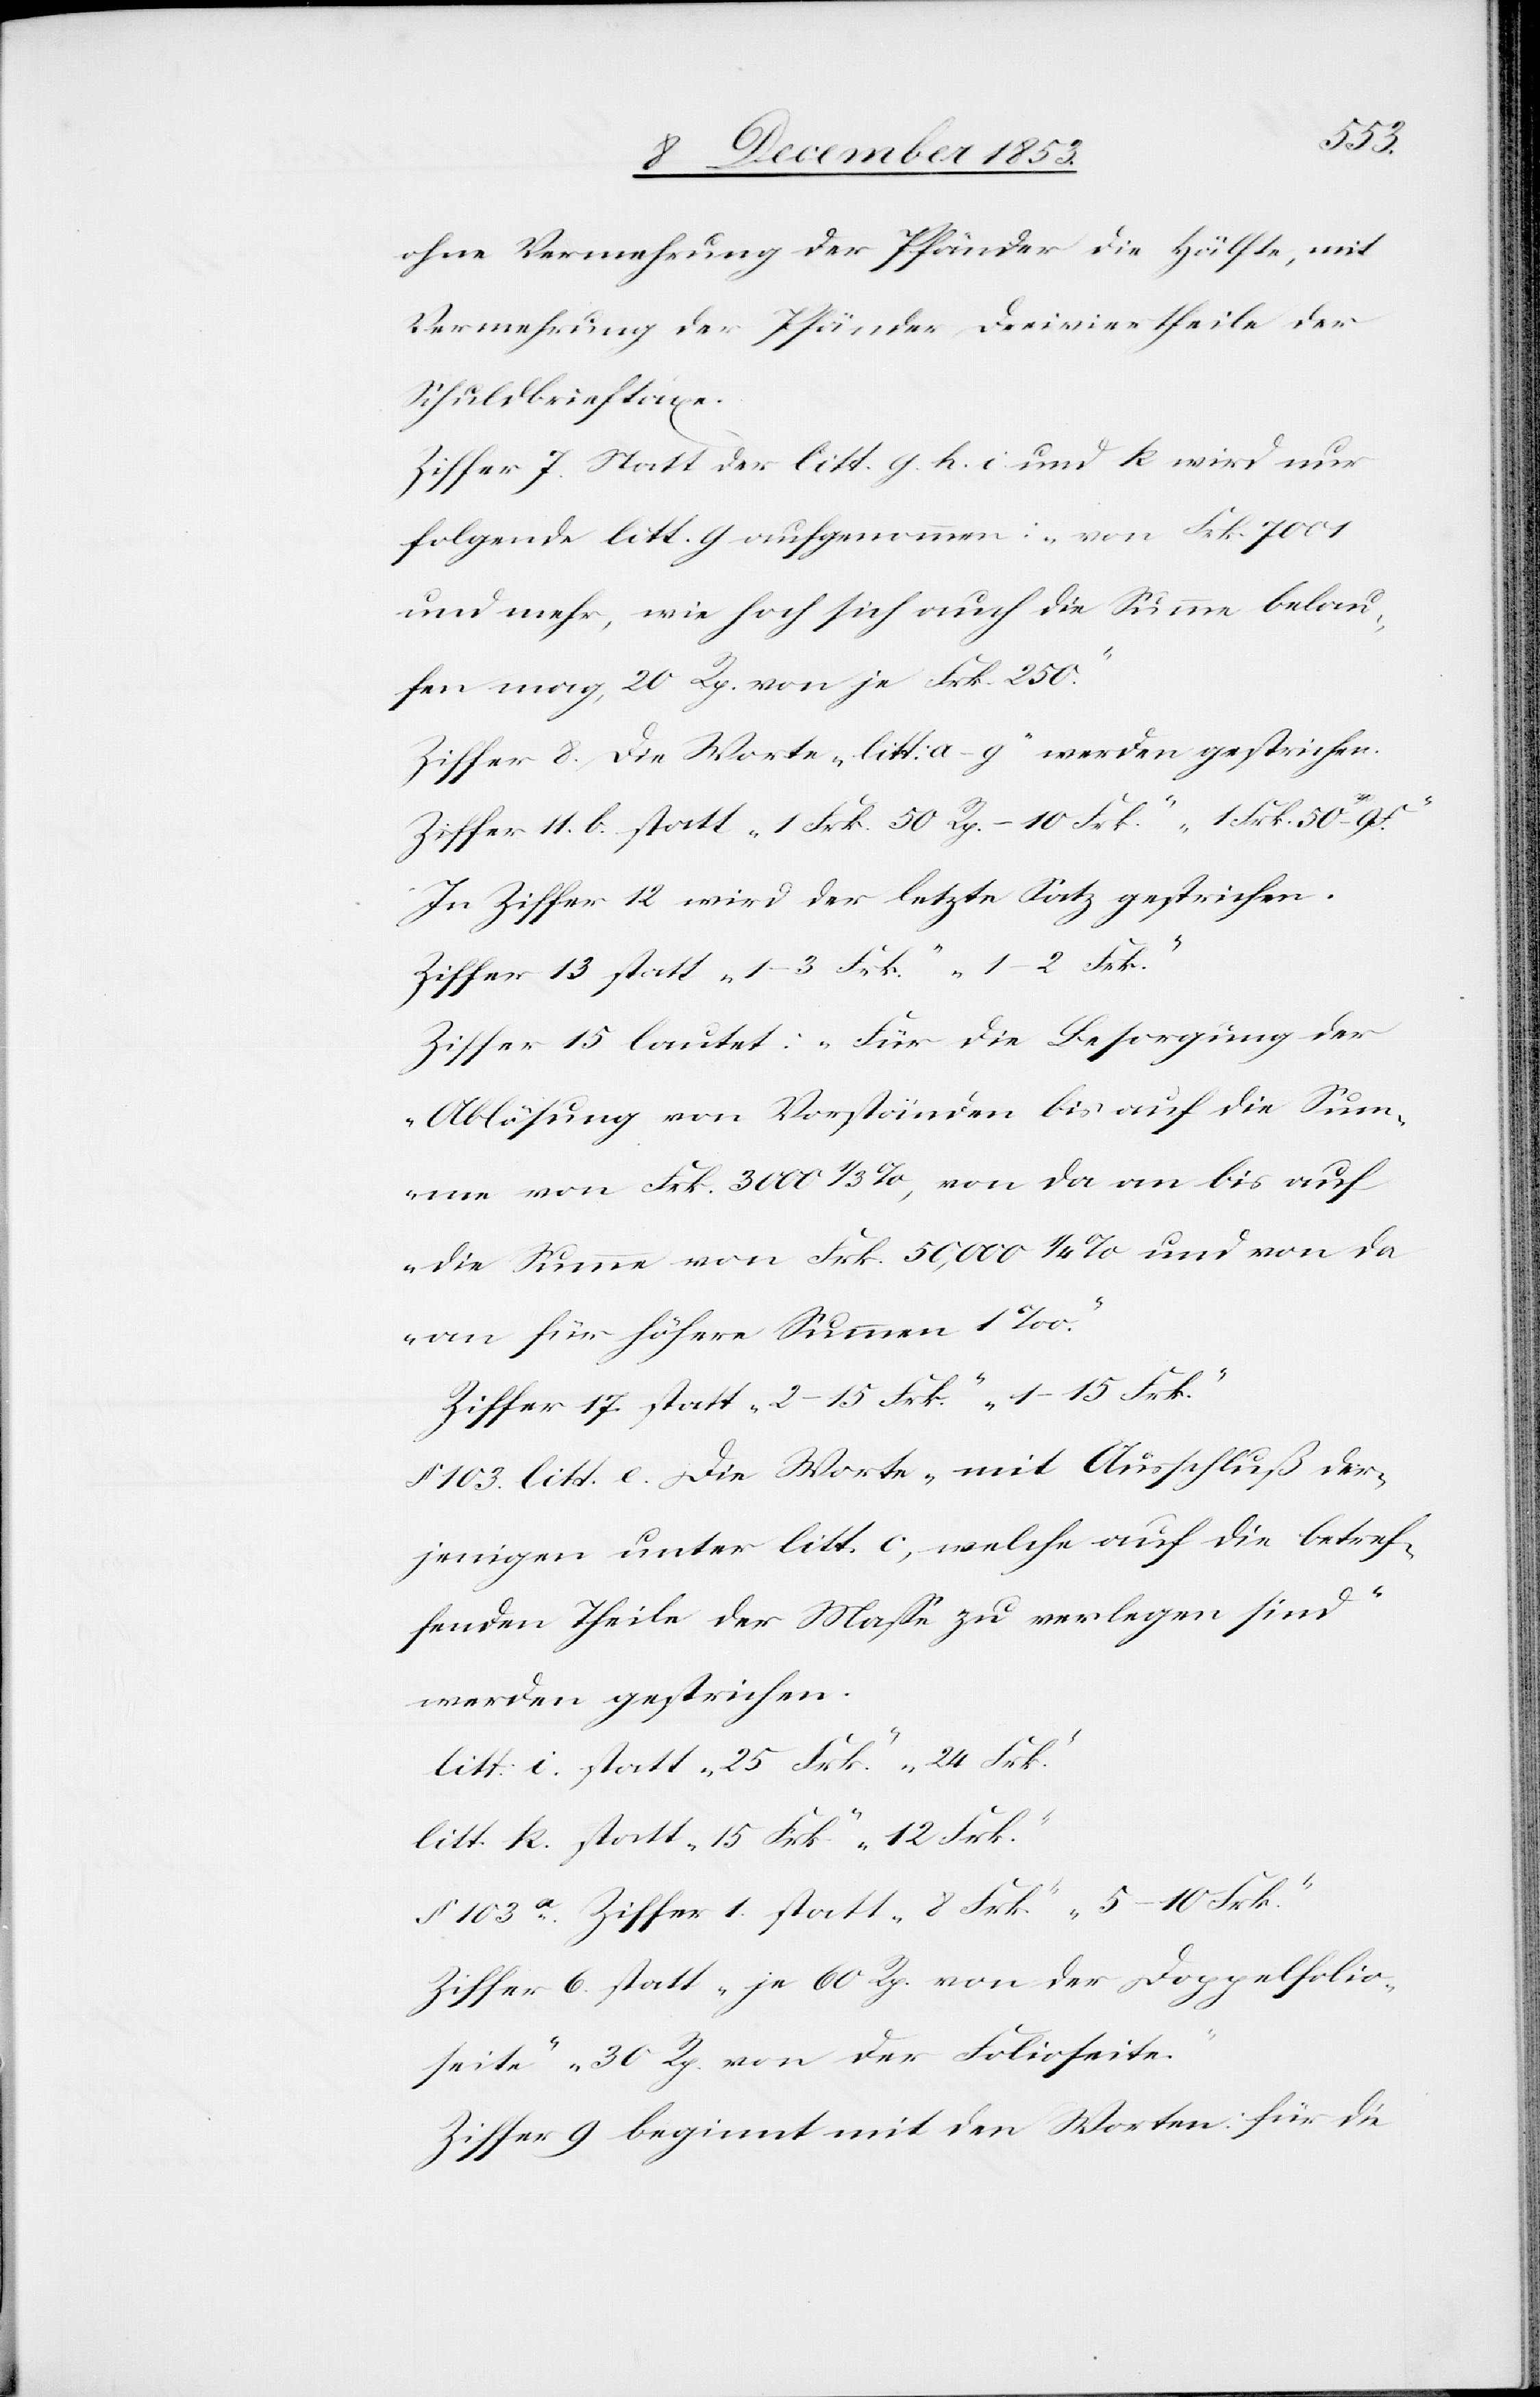
Frk.
ohne Vermehrung der Pfänder die Hälfte, mit
Vermehrung der Pfänder Dreiviertheile der
Schuldbrieftaxe.
Ziffer 7. Statt der litt. g. h. i. und k wird nur
folgende litt. g aufgenommen: „von Frk. 7001
und mehr, wie hoch sich auch die Summe belau¬
fen mag, 20 Rp. von je Frk. 250.“
Ziffer 8. Die Worte „litt: a–g“ werden gestrichen.
Ziffer 11. b. statt „1 Frk. 50 Rp.–10 Frk.“ „1 Frk. 50–9 F.“
In Ziffer 12 wird der letzte Satz gestrichen.
Ziffer 13 statt „1–3 Frk.“ „1–2 Frk.“
Ziffer 15 lautet: „Für die Besorgung der
Ablösung von Vorständen bis auf die Summe
an für höhere Summen 1 ‰.“
Ziffer 17 statt „2–15 Frk.“ „1–15 Frk.“
§ 103 litt. c. Die Worte „mit Ausschluß der¬
jenigen unter litt. c, welche auf die betref¬
fenden Theile der Maße zu verlegen sind“
werden gestrichen.
litt: i. statt „25 Frk.“ „24 Frk.“
litt: k. statt „15 Frk.“ „12 Frk.“
§ 103 a. Ziffer 1 statt „8 Frk.“ „5–10 Frk.“
Ziffer 6 statt „je 60 Rp. von der Doppelfolio¬
seite“ „30 Rp. von der Folioseite.“
Ziffer 9 beginnt mit den Worten: für die